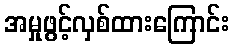
အမှုဖွင့်လှစ်ထားကြောင်း